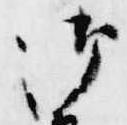
御